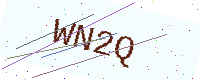
Text: WN2Q